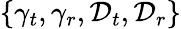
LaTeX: \{ \gamma_{t},\gamma_{r},\mathcal{D}_{t},\mathcal{D}_{r}\}